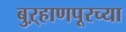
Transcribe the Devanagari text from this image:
बुऱ्हाणपूरच्या